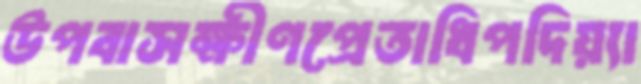
উপবাসক্ষীণপ্রেতাধিপদিয়্যা